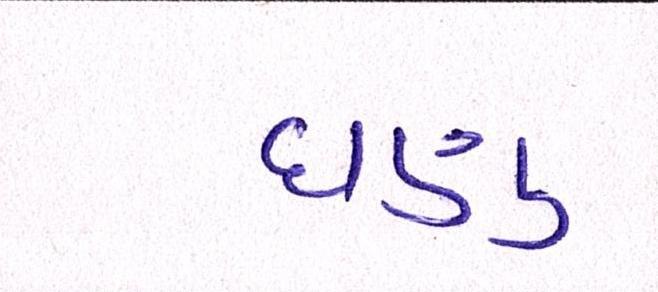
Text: ઘણુ